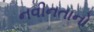
નવીનતાનો